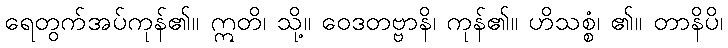
ရေတွက်အပ်ကုန်၏။ ဣတိ၊ သို့။ ဝေဒတဗ္ဗာနိ၊ ကုန်၏။ ဟိသစ္စံ၊ ၏။ တာနိပိ၊